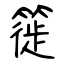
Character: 簁